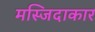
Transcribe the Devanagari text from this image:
मस्जिदाकार